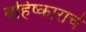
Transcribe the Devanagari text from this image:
बहिष्काराचे